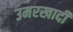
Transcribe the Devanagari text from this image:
उमरखादी